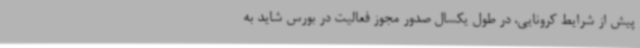
پیش از شرایط کرونایی، در طول یکسال صدور مجوز فعالیت در بورس شاید به